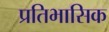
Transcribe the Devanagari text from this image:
प्रतिभासिक